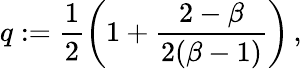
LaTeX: q:=\frac 12\biggl(1+\frac{2-\beta}{2(\beta-1)}\biggr)\, ,